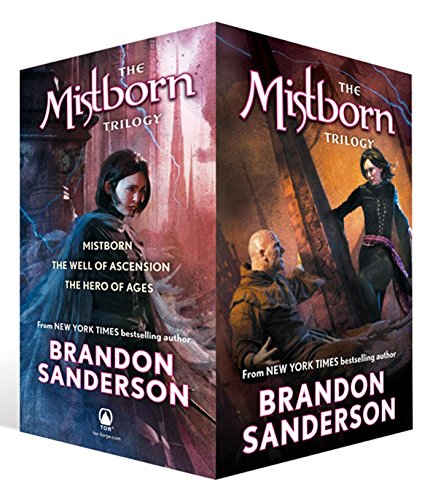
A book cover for Mistborn Trilogy Boxed Set (Mistborn, The Hero of Ages, & The Well of Ascension); Brandon Sanderson; Science Fiction & Fantasy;